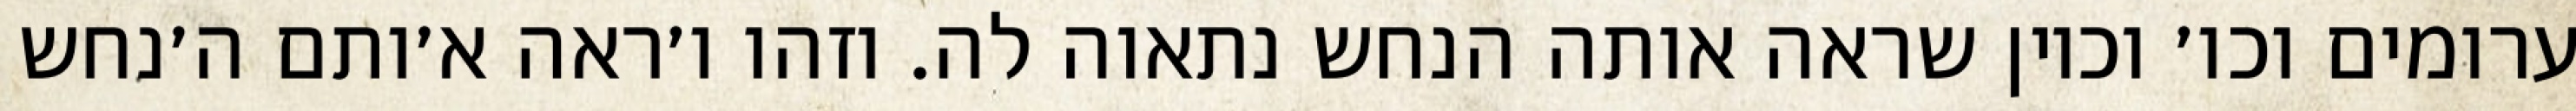
ערומים וכו׳ וכיון שראה אותה הנחש נתאוה לה. וזהו ו׳ראה א׳ותם ה׳נחש